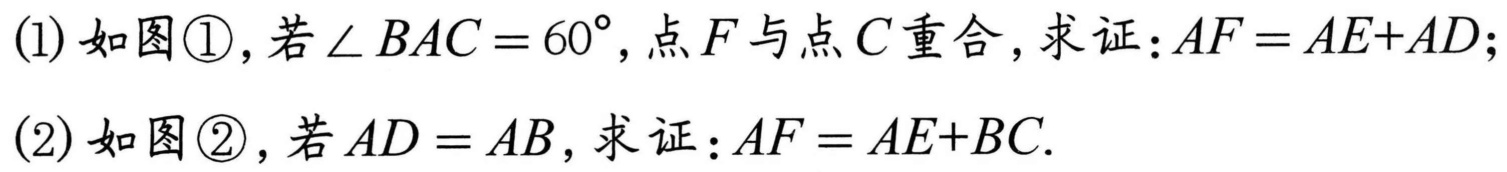
(1) 如图\textcircled{1}，若$\angle BAC = 60^{\circ}$, 点$F$与点$C$重合，求证：$AF = AE + AD$;
(2) 如图\textcircled{2}，若$AD = AB$，求证：$AF = AE + BC$.